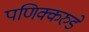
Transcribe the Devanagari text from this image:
पणिक्करुडे